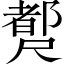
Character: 𡳣